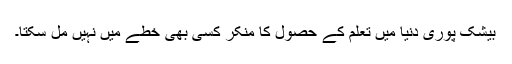
بیشک پوری دنیا میں تعلم کے حصول کا منکر کسی بھی خطے میں نہیں مل سکتا۔